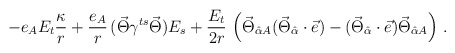
\begin{align*}- e_A E_t \frac{\kappa}{r} + \frac{e_A}{r} \, (\vec{\Theta} \gamma^{ts} \vec{\Theta} ) E_s + \frac{E_t}{2r} \, \left( \vec{\Theta}_{\hat{\alpha}A } ( \vec{\Theta}_{\hat{\alpha}} \cdot \vec{e} ) -( \vec{\Theta}_{\hat{\alpha}} \cdot \vec{ e} ) \vec{\Theta}_{\hat{\alpha} A} \right) \, . \end{align*}